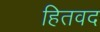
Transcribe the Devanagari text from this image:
हितवद